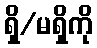
ရှိ/မရှိကို